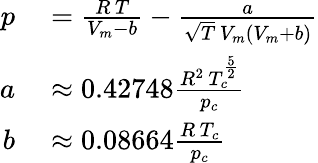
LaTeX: \begin{array}{rl}{p}&{{}={\frac{R\, T}{V_{m}-b}}-{\frac{a}{{\sqrt{T}}\, V_{m}\left(V_{m}+b\right)}}}\\ {a}&{{}\approx 0.42748{\frac{R^{2}\, T_{c}^{\frac{5}{2}}}{p_{c}}}}\\ {b}&{{}\approx 0.08664{\frac{R\, T_{c}}{p_{c}}}}\end{array}